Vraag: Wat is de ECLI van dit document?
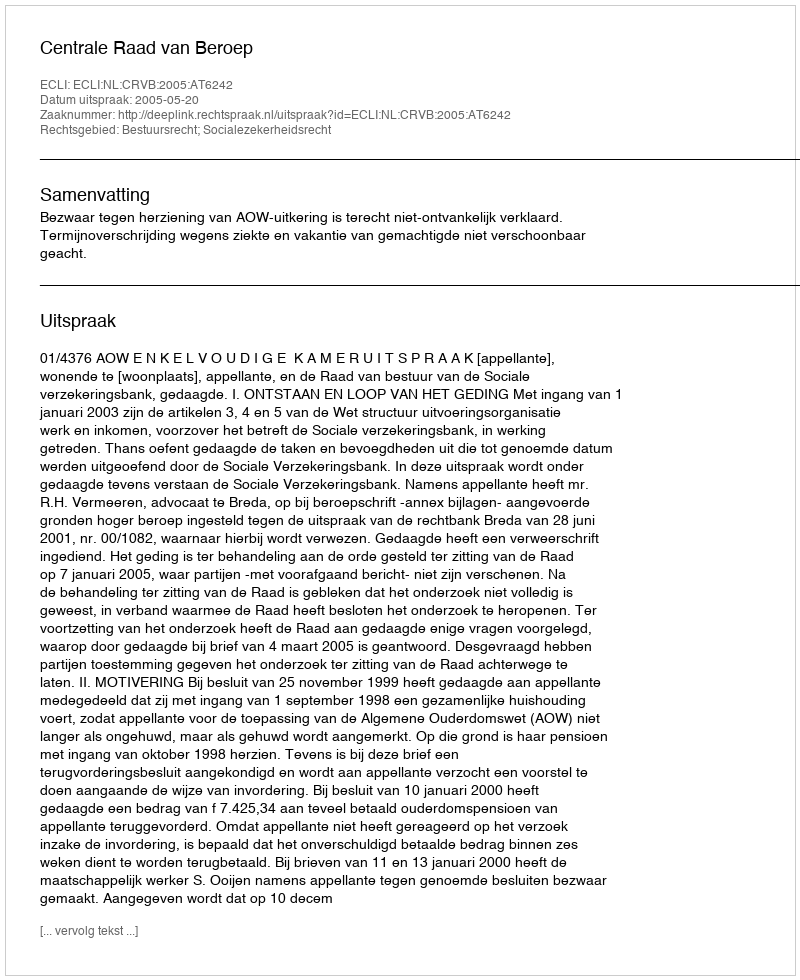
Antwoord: ECLI:NL:CRVB:2005:AT6242